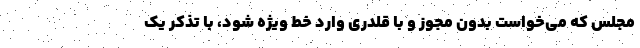
مجلس که می‌خواست بدون مجوز و با قلدری وارد خط ویژه شود، با تذکر یک